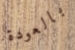
بالعودة